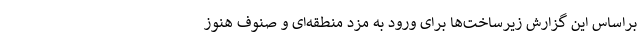
براساس این گزارش زیرساخت‌ها برای ورود به مزد منطقه‌ای و صنوف هنوز